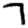
Digit: 7